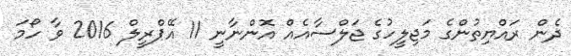
ދެން ރައްޔިތުންގެ މަޖިލީހުގެ ޖަލްސާއެއް އޮންނާނީ 11 އޭޕްރީލް 2016 ވާ ހޯމަ